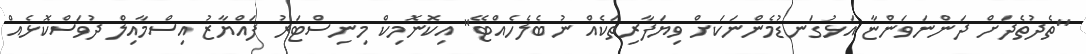
"ތެދުތެދަށް ދަންނަވަންޏާ އަޅުގަނޑުމެންނަކަށް ވިޔަފާރިތަކެއް ނުބެލެހެއްޓޭ" އިކޮނޮމިކް މިނިސްޓަރު ފައްޔާޒު އިސްމާއިލް ދުވަސްކޮޅެއް